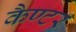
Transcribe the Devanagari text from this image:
कैण्टर